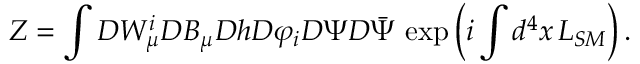
Z = \int { \cal D } W _ { \mu } ^ { i } { \cal D } B _ { \mu } { \cal D } h { \cal D } \varphi _ { i } { \cal D } \Psi { \cal D } \bar { \Psi } \, \exp \left( i \int d ^ { 4 } x \, { \cal L } _ { S M } \right) .